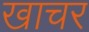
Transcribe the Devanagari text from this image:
खाचर